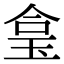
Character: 𤥓